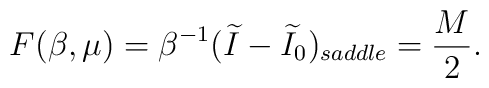
F(\beta,\mu) = \beta^{-1}(\widetilde I-\widetilde I_0)_{saddle} = {M \over 2}.